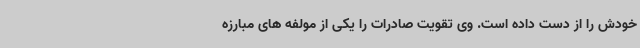
خودش را از دست داده است. وی تقویت صادرات را یکی از مولفه های مبارزه